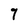
Character: 7